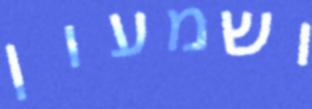
ושמעון